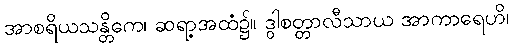
အာစရိယသန္တိကေ၊ ဆရာ့အထံ၌။ ဒွါစတ္တာလီသာယ အာကာရေဟိ၊